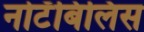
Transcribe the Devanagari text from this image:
नोटॅबिलिस